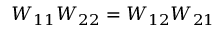
W _ { 1 1 } W _ { 2 2 } = W _ { 1 2 } W _ { 2 1 }